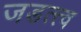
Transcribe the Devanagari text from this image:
जडत्त्व